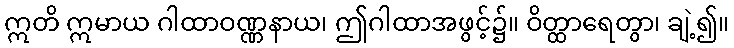
ဣတိ ဣမာယ ဂါထာဝဏ္ဏနာယ၊ ဤဂါထာအဖွင့်၌။ ဝိတ္ထာရေတွာ၊ ချဲ့၍။